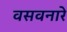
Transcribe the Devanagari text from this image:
वसवनारे